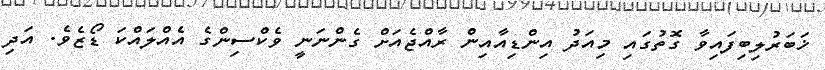
ޚަބަރުލިބިފައިވާ ގޮތުގައި މިއަދު އިންޑިއާއިން ރާއްޖެއަށް ގެންނަނީ ވެކްސިންގެ އެއްލައްކަ ޑޯޒެވެ. އަދި